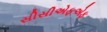
સીસીએફએફ